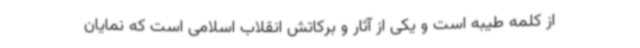
از کلمه طیبه است و یکی از آثار و برکاتش انقلاب اسلامی است که نمایان